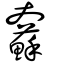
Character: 𡚢